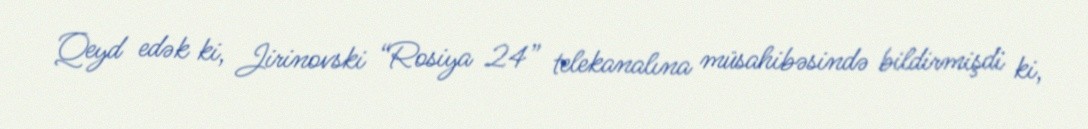
Qeyd edək ki, Jirinovski “Rosiya 24” telekanalına müsahibəsində bildirmişdi ki,